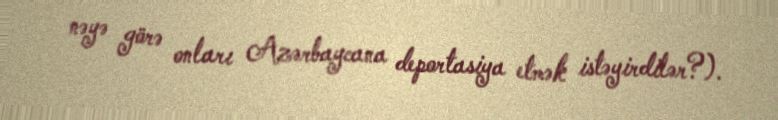
nəyə görə onları Azərbaycana deportasiya etmək istəyirdilər?).